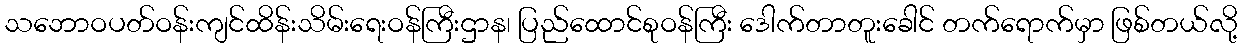
သဘောဝပတ်ဝန်းကျင်ထိန်းသိမ်းရေးဝန်ကြီးဌာန၊ ပြည်ထောင်စုဝန်ကြီး ဒေါက်တာတူးခေါင် တက်ရောက်မှာ ဖြစ်တယ်လို့